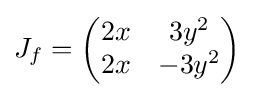
J_{f}={\begin{pmatrix}2x&3y^{2}\\2x&-3y^{2}\end{pmatrix}}